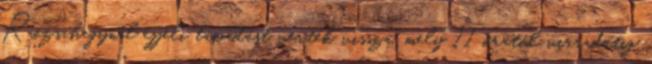
Rózsahegynél éjjeli támadást vertek vissza, mely 11 órától virradatig